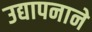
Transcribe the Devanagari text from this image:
उद्यापनाने